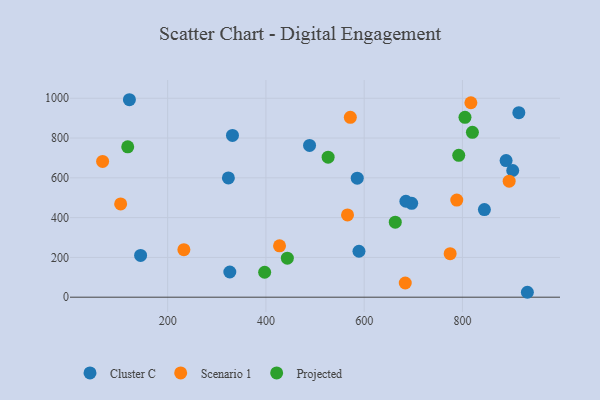
{"axis": {"x": "Ad Spend", "y": "Rating"}, "legend": ["Cluster C", "Projected", "Scenario 1"], "data": [{"x": "488.8", "y": 762.7, "type": "Cluster C"}, {"x": "326.5", "y": 126.6, "type": "Cluster C"}, {"x": "323.6", "y": 599.3, "type": "Cluster C"}, {"x": "589.4", "y": 230.9, "type": "Cluster C"}, {"x": "888.9", "y": 686.8, "type": "Cluster C"}, {"x": "585.9", "y": 598.3, "type": "Cluster C"}, {"x": "902.4", "y": 636.9, "type": "Cluster C"}, {"x": "696.7", "y": 471.8, "type": "Cluster C"}, {"x": "122.1", "y": 992.6, "type": "Cluster C"}, {"x": "932.2", "y": 24.7, "type": "Cluster C"}, {"x": "844.7", "y": 440.6, "type": "Cluster C"}, {"x": "684.9", "y": 482.3, "type": "Cluster C"}, {"x": "331.9", "y": 812.9, "type": "Cluster C"}, {"x": "914.8", "y": 927.3, "type": "Cluster C"}, {"x": "144.9", "y": 210.0, "type": "Cluster C"}, {"x": "427.7", "y": 258.4, "type": "Scenario 1"}, {"x": "233.0", "y": 238.7, "type": "Scenario 1"}, {"x": "788.5", "y": 488.1, "type": "Scenario 1"}, {"x": "775.0", "y": 218.6, "type": "Scenario 1"}, {"x": "67.6", "y": 682.7, "type": "Scenario 1"}, {"x": "683.6", "y": 71.2, "type": "Scenario 1"}, {"x": "895.1", "y": 583.1, "type": "Scenario 1"}, {"x": "817.2", "y": 977.5, "type": "Scenario 1"}, {"x": "571.8", "y": 904.0, "type": "Scenario 1"}, {"x": "104.3", "y": 468.6, "type": "Scenario 1"}, {"x": "566.1", "y": 413.5, "type": "Scenario 1"}, {"x": "792.5", "y": 712.9, "type": "Projected"}, {"x": "397.4", "y": 125.3, "type": "Projected"}, {"x": "443.6", "y": 196.0, "type": "Projected"}, {"x": "118.7", "y": 755.6, "type": "Projected"}, {"x": "805.2", "y": 904.0, "type": "Projected"}, {"x": "820.3", "y": 828.6, "type": "Projected"}, {"x": "663.3", "y": 377.0, "type": "Projected"}, {"x": "526.6", "y": 703.9, "type": "Projected"}]}